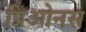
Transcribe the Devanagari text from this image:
प्रिओनस